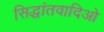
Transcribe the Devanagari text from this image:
सिद्धांतवादिओ